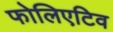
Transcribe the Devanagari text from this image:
फोलिएटिव